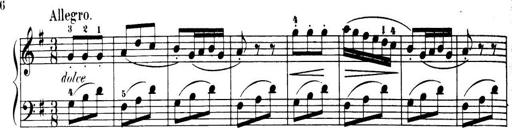
Title: 32 Sonatinas and Rondos for the Piano
Composer: Richard Kleinmichel